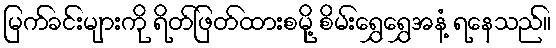
မြက်ခင်းများကို ရိတ်ဖြတ်ထားစမို့ စိမ်းရွှေရွှေအနံ့ ရနေသည်။